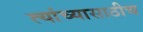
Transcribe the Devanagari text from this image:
त्यांच्यासाठीच